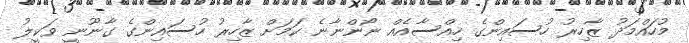
މުހައްމަދު ޒާހިރު ހުސައިންގެ ހިއްސާއެއް ނޯންނާނެ ކަމަށް ޒާހިރު ހުސައިންގެ ގާނޫނީ ވަކީލު